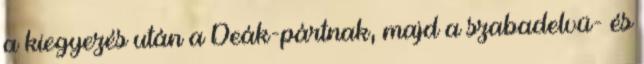
a kiegyezés után a Deák-pártnak, majd a szabadelvü- és